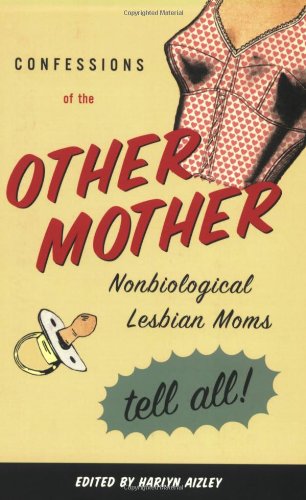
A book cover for Confessions of the Other Mother: Non-Biological Lesbian Moms Tell All; Gay & Lesbian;